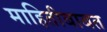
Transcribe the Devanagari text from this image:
माहितीबाबत